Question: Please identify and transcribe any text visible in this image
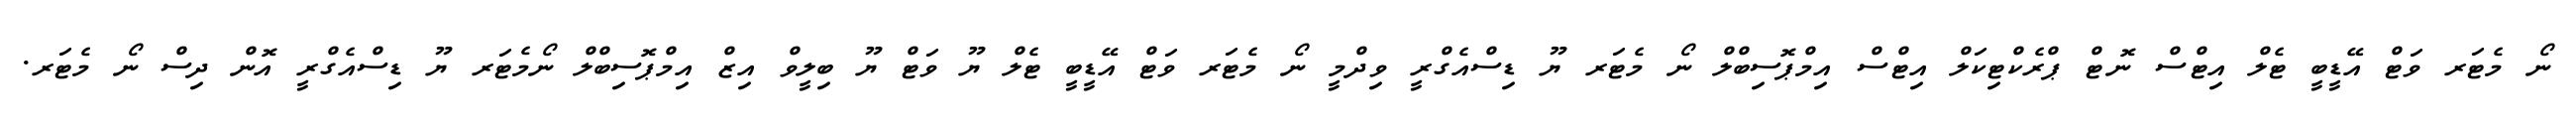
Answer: ނޯ މެޓަރ ވަޓް އޭޑީބީ ޓެލް އިޓްސް ނޮޓް ޕްރެކްޓިކަލް އިޓްސް އިމްޕޮސިބްލް ނޯ މެޓަރ ޔޫ ޑިސްއެގްރީ ވިދްމީ ނޯ މެޓަރ ވަޓް އޭޑީބީ ޓެލް ޔޫ ވަޓް ޔޫ ބިލީވް އިޒް އިމްޕޮސިބްލް ނޯމެޓަރ ޔޫ ޑިސްއެގްރީ އޮން ދިސް ނޯ މެޓަރ.